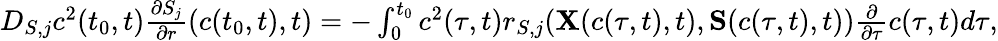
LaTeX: \begin{array}{r}{D_{S,j}c^{2}(t_{0},t)\frac{\partial S_{j}}{\partial r}(c(t_{0},t),t)=-\int_{0}^{t_{0}}c^{2}(\tau,t)r_{S,j}({{\mathbf X}(c(\tau,t),t)},{{\mathbf S}}(c(\tau,t),t))\frac{\partial}{\partial\tau}c(\tau,t)d\tau,}\end{array}